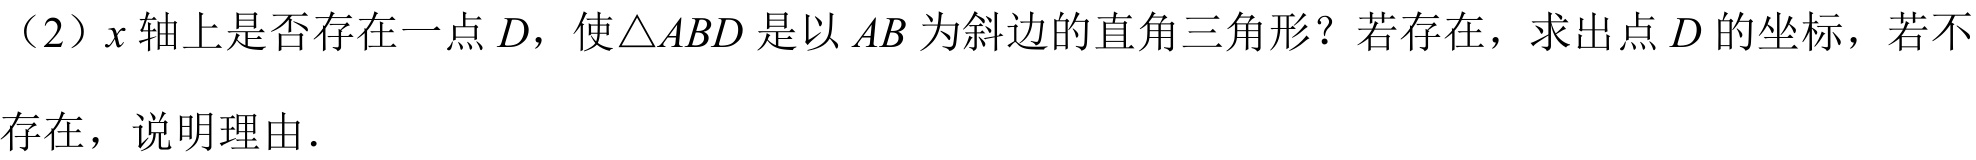
（2）\(x\)轴上是否存在一点\(D\)，使\(\triangle ABD\)是以\(AB\)为斜边的直角三角形？若存在，求出点\(D\)的坐标，若不
存在，说明理由．